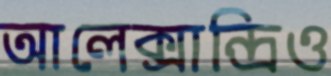
আলেক্সান্দ্রিও